Annual administration report of the Civil Veterinary Department of India - 1898-1899
Year: 1898
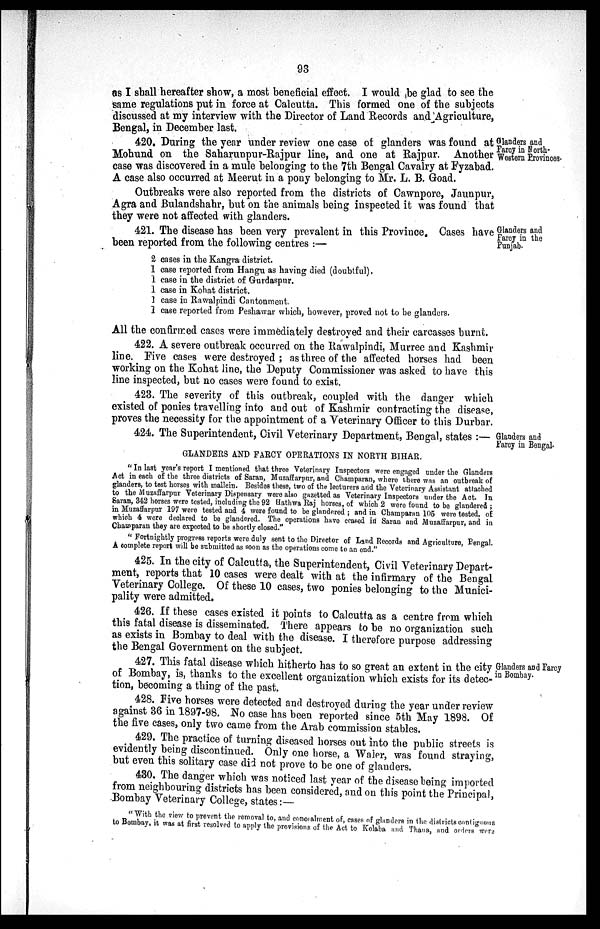
93
as I shall hereafter show, a most beneficial effect. I would be glad to see the
same regulations put in force at Calcutta. This formed one of the subjects
discussed at my interview with the Director of Land Records and Agriculture,
Bengal, in December last.
Glanders and
Farcy in North-
Western Provinces.
420. During the year under review one case of glanders was found at
Mohund on the Saharunpur-Rajpur line, and one at Rajpur. Another
case was discovered in a mule belonging to the 7th Bengal Cavalry at Fyzabad.
A case also occurred at Meerut in a pony belonging to Mr. L. B. Goad.
Outbreaks were also reported from the districts of Cawnpore, Jaunpur,
Agra and Bulandshahr, but on the animals being inspected it was found that
they were not affected with glanders.
Glanders and
Faroy in the
Punjab.
421. The disease has been very prevalent in this Province. Cases have
been reported from the following centres:—
2 cases in the Kangra district.
1 case reported from Hangu as having died (doubtful).
1 case in the district of Gurdaspur.
1 case in Kohat district.
1 case in Rawalpindi Cantonment.
1 case reported from Peshawar which, however, proved not to be glanders.
All the confirmed cases were immediately destroyed and their carcasses burnt.
422. A severe outbreak occurred on the Rawalpindi, Murree and Kashmir
line. Five cases were destroyed; as three of the affected horses had been
working on the Kohat line, the Deputy Commissioner was asked to have this
line inspected, but no cases were found to exist.
423. The severity of this outbreak, coupled with the danger which
existed of ponies travelling into and out of Kashmir contracting the disease,
proves the necessity for the appointment of a Veterinary Officer to this Durbar.
Glanders and
Farcy in Bengal.
424. The Superintendent, Civil Veterinary Department, Bengal, states:—
GLANDERS AND FARCY OPERATIONS IN NORTH BIHAR.
"In last year's report I mentioned that three Veterinary Inspectors were engaged under the Glanders
Act in each of the three districts of Saran, Muzaffarpur, and Champaran, where there was an outbreak of
glanders, to test horses with mallein. Besides these, two of the lecturers and the Veterinary Assistant attached
to the Muzaffarpur Veterinary Dispensary were also gazetted as Veterinary Inspectors under the Act. In
Saran, 342 horses were tested, including the 92 Hathwa Raj horses, of which 2 were found to be glandered;
in Muzaffarpur 197 were tested and 4 were found to be glandered; and in Champaran 105 were tested, of
which 4 were declared to be glandered. The operations have ceased in Saran and Muzaffarpur, and in
Champaran they are expected to be shortly closed."
"Fortnightly progress reports were duly sent to the Director of Land Records and Agriculture, Bengal.
A complete report will be submitted as soon as the operations come to an end."
425. In the city of Calcutta, the Superintendent, Civil Veterinary Depart-
ment, reports that 10 cases were dealt with at the infirmary of the Bengal
Veterinary College. Of these 10 cases, two ponies belonging to the Munici-
pality were admitted.
426. If these cases existed it points to Calcutta as a centre from which
this fatal disease is disseminated. There appears to be no organization such
as exists in Bombay to deal with the disease. I therefore purpose addressing
the Bengal Government on the subject.
Glanders and Farcy
in Bombay.
427. This fatal disease which hitherto has to so great an extent in the city
of Bombay, is, thanks to the excellent organization which exists for its detec-
tion, becoming a thing of the past.
428. Five horses were detected and destroyed during the year under review
against 36 in 1897-98. No case has been reported since 5th May 1898. Of
the five cases, only two came from the Arab commission stables.
429. The practice of turning diseased horses out into the public streets is
evidently being discontinued. Only one horse, a Waler, was found straying,
but even this solitary case did not prove to be one of glanders.
430. The danger which was noticed last year of the disease being imported
from neighbouring districts has been considered, and on this point the Principal,
Bombay Veterinary College, states:—
"With the view to prevent the removal to, and concealment of, cases of glanders in the districts contignous
to Bombay, it was at first resolved to apply the provisions of the Act to Kolaba and Thana, and orders were